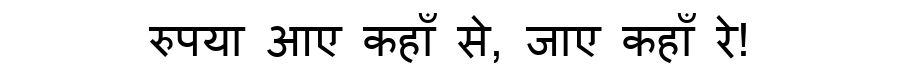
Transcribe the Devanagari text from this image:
रुपया आए कहाँ से, जाए कहाँ रे!